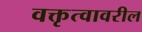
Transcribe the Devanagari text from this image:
वक्तृत्वावरील